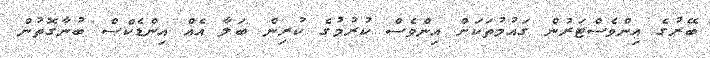
ބޭރުގެ އިންވެސްޓަރުން ގައުމުތަކަށް އިންވެސް ކުރުމުގެ ކުރިން ބަލާ އެއް އިންޑެކްސް ބުނާގޮތުން